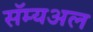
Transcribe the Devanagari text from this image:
सॅम्यअल